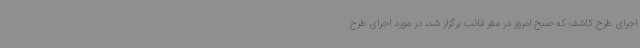
اجرای طرح کاشف که صبح امروز در مقر فاتب برگزار شد، در مورد اجرای طرح